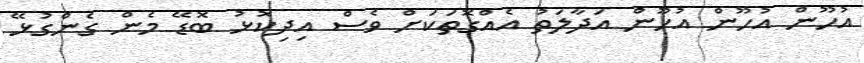
އުހޫން އުހޫން އުހޫން އަދާލަތު އެއްގޮތަކަށް ވެސް އިދިކޮޅު ބޮޑޭ މެން ގެންގުޅޭ